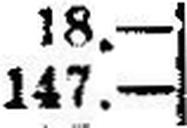
147.—